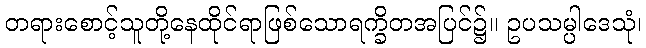
တရားစောင့်သူတို့နေထိုင်ရာဖြစ်သောရက္ခိတအပြင်၌။ ဥပသမ္ပါဒေသုံ၊